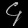
Digit: ၄